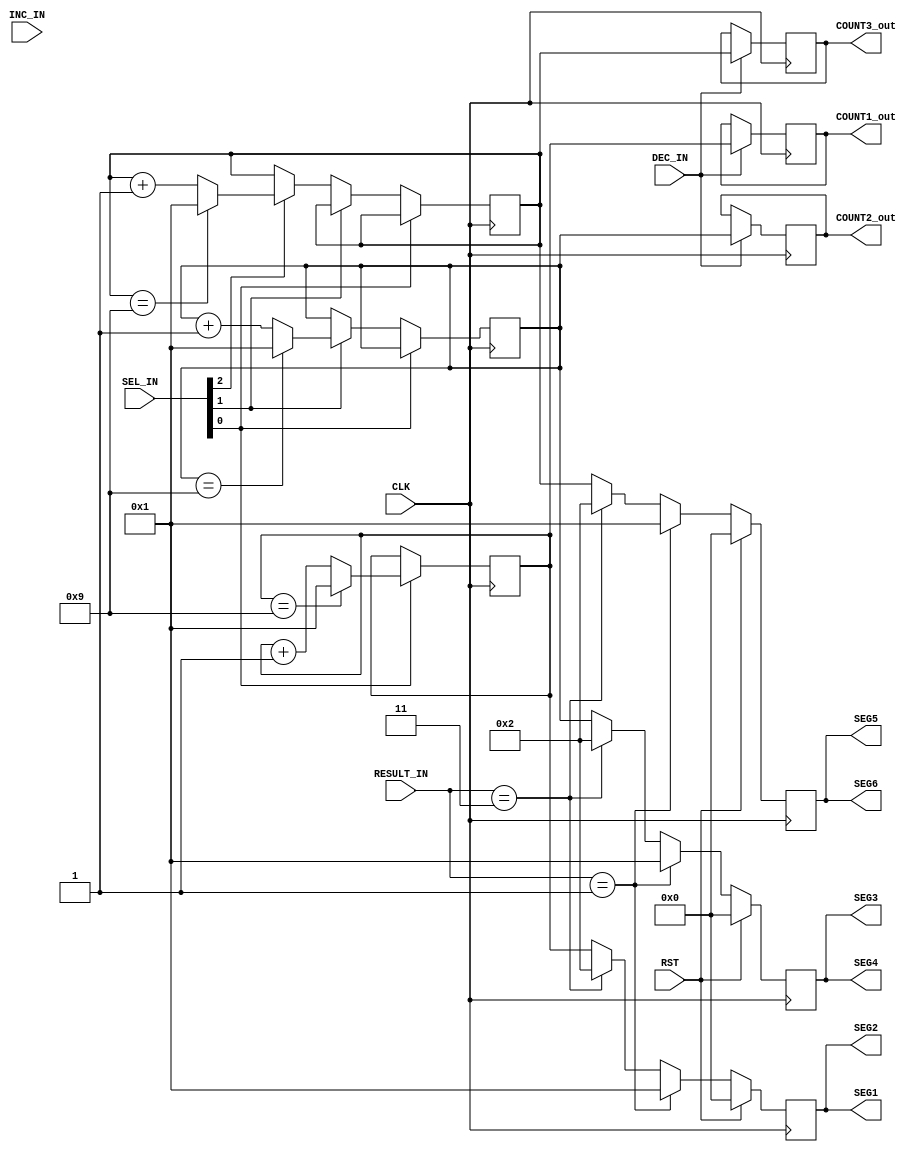
module INPUT(
    input [2:0] SEL_IN,//SW[9] = SEL_IN[2]:HEX[4], SW[8] = SEL_IN[1]:HEX[2], SW[7] = SEL_IN[0]:HEX[0]
    input INC_IN, DEC_IN, CLK, RST,
	 input [1:0] RESULT_IN, 
    output reg [3:0] SEG1, SEG2, SEG3, SEG4, SEG5, SEG6,
	 output reg [3:0] COUNT1_out, COUNT2_out, COUNT3_out
);


reg [3:0] COUNT1, COUNT2, COUNT3;
//eg [3:0] SEG1_r, SEG2_r, SEG3_r, SEG4_r, SEG5_r, SEG6_r;
initial begin
      COUNT1 <= 4'b0;//4bit09
      COUNT2 <= 4'b0;
      COUNT3 <= 4'b0;
      SEG1 <= 0;
      SEG2 <= 0;
      SEG3 <= 0;
      SEG4 <= 0;
      SEG5 <= 0;
      SEG6 <= 0;
end

/*always@(posedge CLK)begin
  SEG1 <= SEG1_r;
  SEG2 <= SEG2_r;
  SEG3 <= SEG3_r;
  SEG4 <= SEG4_r;
  SEG5 <= SEG5_r;
  SEG6 <= SEG6_r;
end*/




/*always@(posedge CLK)begin
    if(RST)begin
        SEG1 <= 0;
        SEG2 <= 0;
        SEG3 <= 0;
        SEG4 <= 0;
        SEG5 <= 0;
        SEG6 <= 0;
    end
    else if(SEL_IN[0])begin
        SEG1 <= COUNT1;
        SEG2 <= COUNT1;
    end
    else if(SEL_IN[1])begin
        SEG3 <= COUNT2;
        SEG4 <= COUNT2;
    end
    else if(SEL_IN[2])begin
        SEG5 <= COUNT3;
        SEG6 <= COUNT3;
    end
    else if(RESULT_IN == 2'b01)begin//wrong
      SEG1 <= 4'd1;
      SEG2 <= 4'd1;
      SEG3 <= 4'd1;
      SEG4 <= 4'd1;
      SEG5 <= 4'd1;
      SEG6 <= 4'd1;
	 end
	 else if(RESULT_IN == 2'b11)begin//correct
      SEG1 <= 4'd2;
      SEG2 <= 4'd2;
      SEG3 <= 4'd2;
      SEG4 <= 4'd2;
      SEG5 <= 4'd2;
      SEG6 <= 4'd2;
	 end
	 else begin
      SEG1 <= SEG1;
      SEG2 <= SEG2;
      SEG3 <= SEG3;
      SEG4 <= SEG4;
      SEG5 <= SEG5;
      SEG6 <= SEG6;
	end
end*/

always@(posedge CLK)begin
    if(RST)begin
        SEG1 <= 0;
        SEG2 <= 0;
        SEG3 <= 0;
        SEG4 <= 0;
        SEG5 <= 0;
        SEG6 <= 0;
    end
    else if(RESULT_IN == 2'b01)begin//wrong
      SEG1 <= 4'd1;
      SEG2 <= 4'd1;
      SEG3 <= 4'd1;
      SEG4 <= 4'd1;
      SEG5 <= 4'd1;
      SEG6 <= 4'd1;
	 end
	 else if(RESULT_IN == 2'b11)begin//correct
      SEG1 <= 4'd2;
      SEG2 <= 4'd2;
      SEG3 <= 4'd2;
      SEG4 <= 4'd2;
      SEG5 <= 4'd2;
      SEG6 <= 4'd2;
	 end
	 else begin
      SEG1 <= COUNT1;
      SEG2 <= COUNT1;
      SEG3 <= COUNT2;
      SEG4 <= COUNT2;
      SEG5 <= COUNT3;
      SEG6 <= COUNT3;
	end
end

always @(posedge CLK) begin
  if(SEL_IN[0])begin
    COUNT1 <= COUNT1 + 1;
      if(COUNT1 == 9)begin
        COUNT1 <= 1;
      end
	end	 
	else if(SEL_IN[1])begin
		COUNT2 <= COUNT2 + 1;
		  if(COUNT2 == 9)begin
		    COUNT2 <= 1;
		  end
	end	  
	else if(SEL_IN[2])begin
		COUNT3 <= COUNT3 + 1;
		  if(COUNT3 == 9)begin
		    COUNT3 <= 1;
		  end
	end
end

always @(posedge CLK)begin
	if(DEC_IN)begin
		COUNT1_out <= COUNT1;
		COUNT2_out <= COUNT2;
		COUNT3_out <= COUNT3;
	end
	else begin
    COUNT1_out <= COUNT1_out;
		COUNT2_out <= COUNT2_out;
		COUNT3_out <= COUNT3_out;
   end

end

/*always @(posedge CLK)begin
	if(RESULT_IN == 2'b01)begin
      SEG1_r <= 4'd1;
      SEG2_r <= 4'd1;
      SEG3_r <= 4'd1;
      SEG4_r <= 4'd1;
      SEG5_r <= 4'd1;
      SEG6_r <= 4'd1;
	end
	else if(RESULT_IN == 2'b11)begin
      SEG1_r <= 4'd2;
      SEG2_r <= 4'd2;
      SEG3_r <= 4'd2;
      SEG4_r <= 4'd2;
      SEG5_r <= 4'd2;
      SEG6_r <= 4'd2;
	end
	else begin
      SEG1_r <= SEG1_r;
      SEG2_r <= SEG2_r;
      SEG3_r <= SEG3_r;
      SEG4_r <= SEG4_r;
      SEG5_r <= SEG5_r;
      SEG6_r <= SEG6_r;
	end
end*/
	
//assign ANSER_SHEET = COUNT3 + COUNT2 + COUNT1;

/*always @(posedge CLK) begin
    //if(SEL_IN[0] == 1 || SEL_IN[1] == 1 || SEL_IN[2] == 1)begin//
		if(INC_IN)begin
			COUNT <= COUNT + 1;
				if(COUNT == 10)begin
					COUNT <= 1;
				end    
		//end
	 end
end*/

/*always @(posedge CLK) begin
	if(RST | CLR_IN)begin
        SEG1 <= 0;
        SEG2 <= 0;
        SEG3 <= 0;
        SEG4 <= 0;
        SEG5 <= 0;
        SEG6 <= 0;
    end
	 else begin
		  SEG1 <= COUNT;
        SEG2 <= COUNT;
		  
        SEG3 <= COUNT;
        SEG4 <= COUNT;
		  
        SEG5 <= COUNT;
        SEG6 <= COUNT;
	end

end*/

endmodule